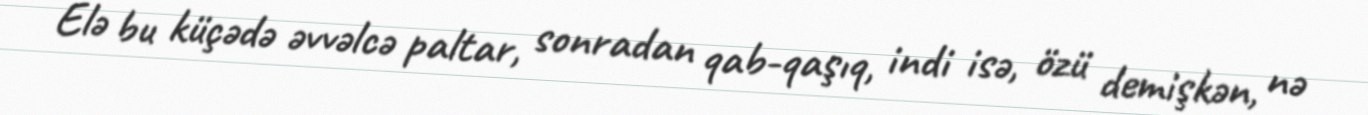
Elə bu küçədə əvvəlcə paltar, sonradan qab-qaşıq, indi isə, özü demişkən, nə